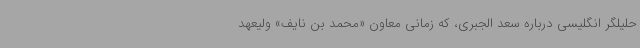
حلیلگر انگلیسی درباره سعد الجبری، که زمانی معاون «محمد بن نایف» ولیعهد